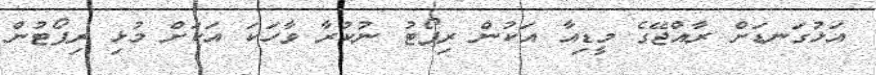
އަޅުގަނޑަށް ރާއްޖޭގެ މީޑިއާ އަކުން ރިޕޯޓު ނުކުރާ ވާހަކަ އަކަށް މުޅި ރިޕޯޓުން